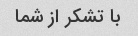
با تشکر از شما